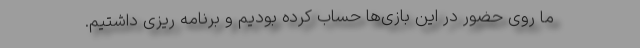
ما روی حضور در این بازی‌ها حساب کرده بودیم و برنامه ریزی داشتیم.